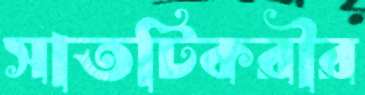
সাতটিকরীর